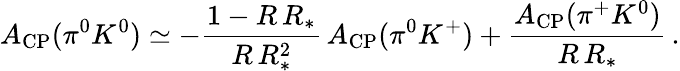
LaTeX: A_{\mathrm{CP}}(\pi^{0}K^{0})\simeq-\frac{1-R\, R_{*}}{R\, R_{*}^{2}}\, A_{\mathrm{CP}}(\pi^{0}K^{+})+\frac{A_{\mathrm{CP}}(\pi^{+}K^{0})}{R\, R_{*}}\, .